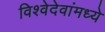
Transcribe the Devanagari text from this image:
विश्वेदेवांमध्ये